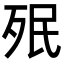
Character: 𣧟